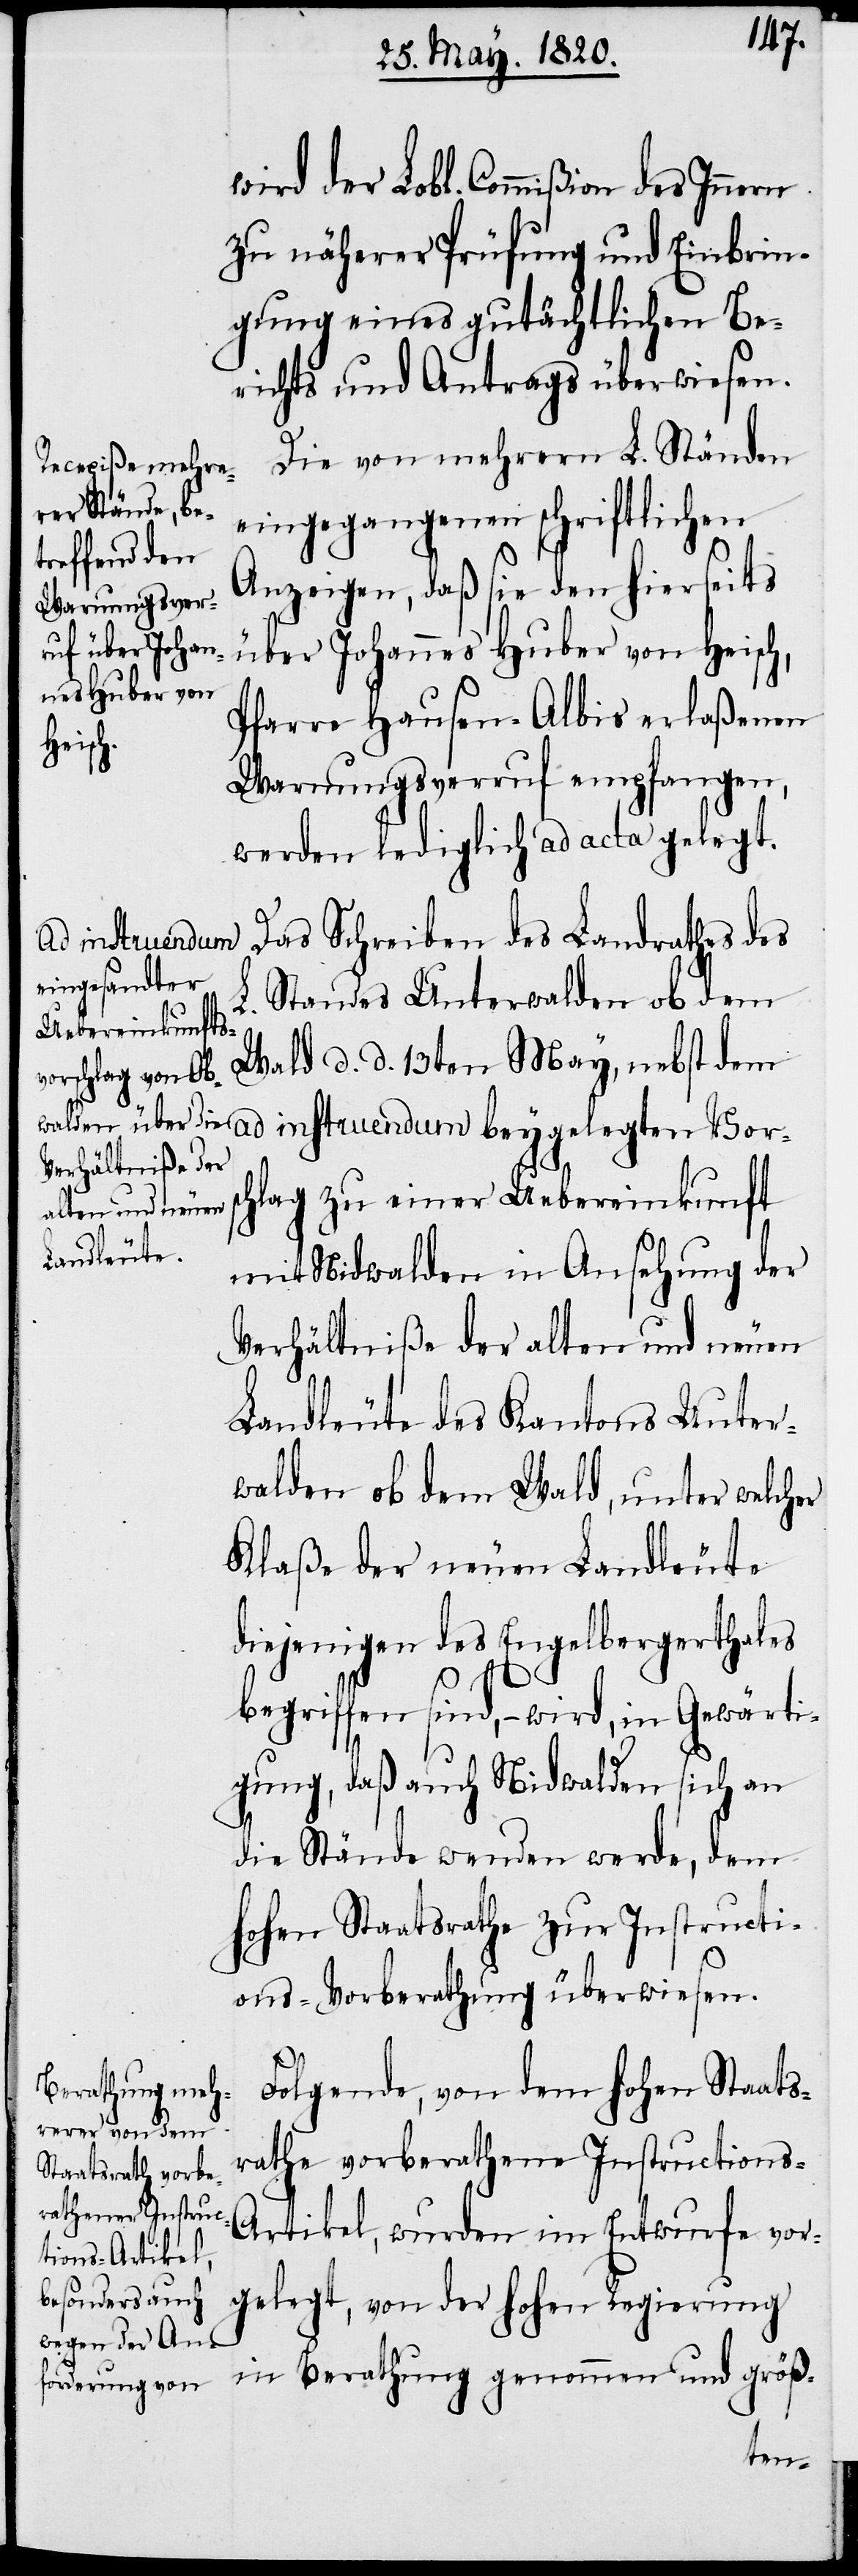
wird der Lobl. Commißion des Innern
zu näherer Prüfung und Einbrin¬
gung eines gutächtlichen Be¬
richts und Antrags überwiesen.
Die von mehrern L. Ständen
eingegangenen schriftlichen
Anzeigen, daß sie den hierseits
über Johannes Huber von Heisch,
Pfarre Hausen-Albis erlaßenen
Warnungsverruf empfangen,
werden lediglich ad acta gelegt.
Das Schreiben des Landrathes des
ad instruendum
Standes Unterwalden ob dem
L.
Wald d. d. 13ten May, nebst dem
elegten Vorschlag zu einer Uebereinkunft
mit Nidwalden in Ansehung der
Verhältniße der alten und neuen
Landleute des Kantons Unter¬
walden ob dem Wald, unter welcher
Klaße der neuen Landleute
diejenigen des Engelbergerthales
begriffen sind, – wird, in Gewärti¬
gung, daß auch Nidwalden sich an
die Stände wenden werde, dem
Hohen Staatsrathe zur Instructi¬
ons-Vorberathung überwiesen.
Folgende, von dem Hohen Staat¬
rathe vorberathene Instructions-A¬
rtikel, wurden im Entwurfe vor¬
gelegt, von der Hohen Regierung
in Berathung genommen und größ-
beyg¬